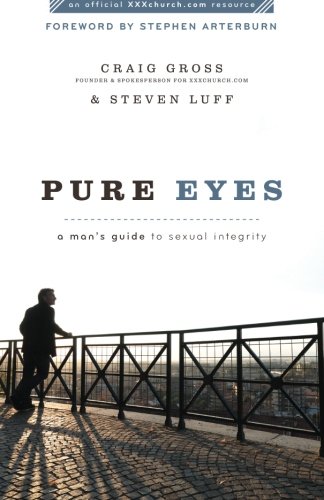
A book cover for Pure Eyes: A Man's Guide to Sexual Integrity (XXXChurch.com Resource); Craig Gross; Health, Fitness & Dieting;